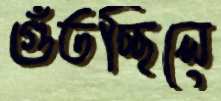
গুঁতচ্ছিলে